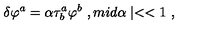
\delta \varphi ^ { a } = \alpha \tau _ { b } ^ { a } \varphi ^ { b } \ , m i d \alpha \mid < < 1 \ ,